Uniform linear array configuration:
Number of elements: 24
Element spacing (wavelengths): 0.75
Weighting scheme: kaiser
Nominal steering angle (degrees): -45
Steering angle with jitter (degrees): -46.94
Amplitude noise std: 0.05
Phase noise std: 0.05

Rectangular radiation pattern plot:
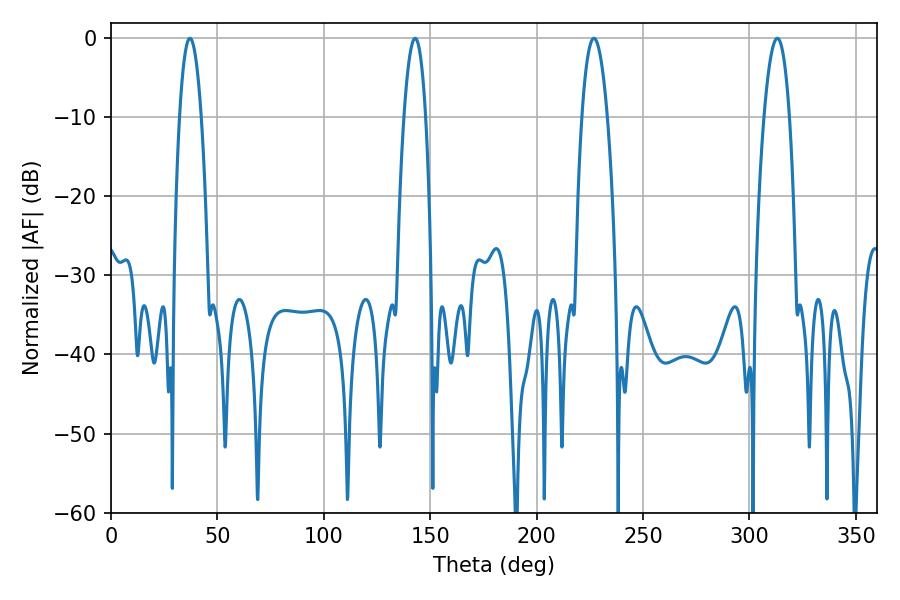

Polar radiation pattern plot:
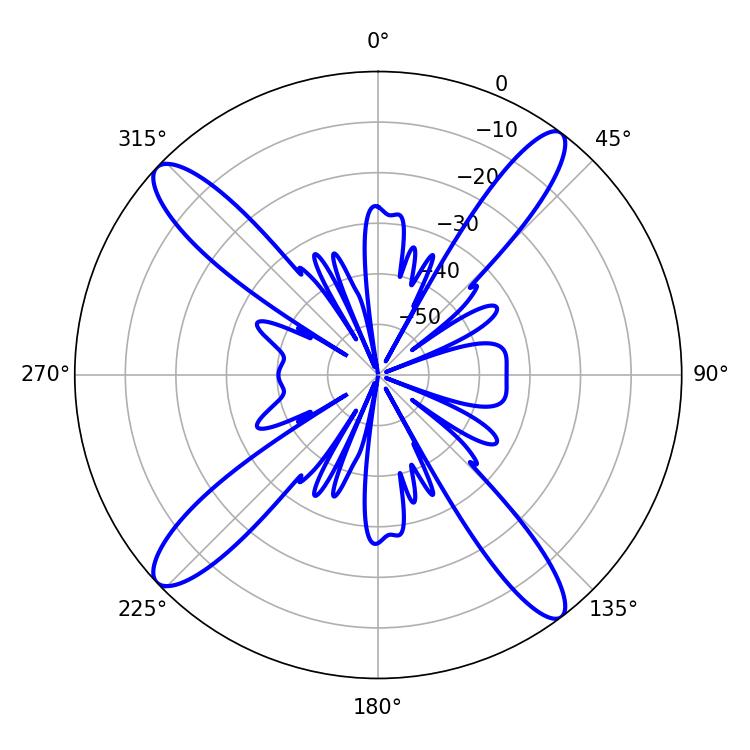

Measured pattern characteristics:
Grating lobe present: TRUE
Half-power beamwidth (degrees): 5.58
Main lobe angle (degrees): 37.08